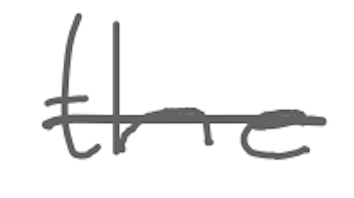
Text: the
Cross-out: single-line
Writing tool: digital_gray